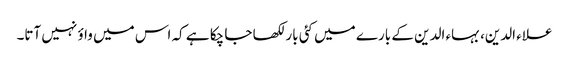
علاء الدین، بہاء الدین کے بارے میں کئی بار لکھا جا چکا ہے کہ اس میں واؤ نہیں آتا۔